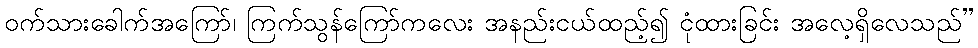
ဝက်သားခေါက်အကြော်၊ ကြက်သွန်ကြော်ကလေး အနည်းငယ်ထည့်၍ ငုံထားခြင်း အလေ့ရှိလေသည်”